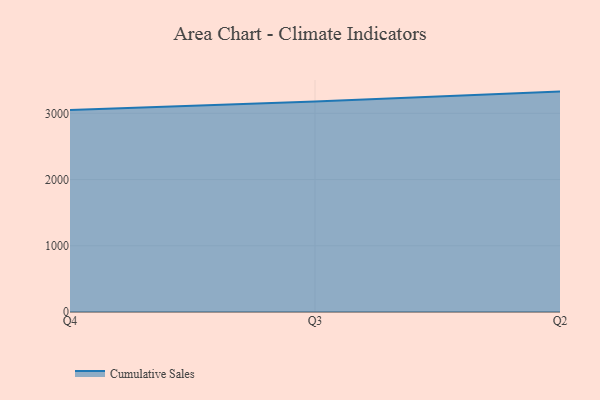
{"axis": {"x": "Quarter", "y": "Customer Acquisition Cost (USD)"}, "legend": ["Cumulative Sales"], "data": [{"x": "Q4", "y": 3051.7, "type": "Cumulative Sales"}, {"x": "Q3", "y": 3177.0, "type": "Cumulative Sales"}, {"x": "Q2", "y": 3328.0, "type": "Cumulative Sales"}]}